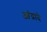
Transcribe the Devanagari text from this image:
आंद्रादे